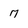
Character: 7